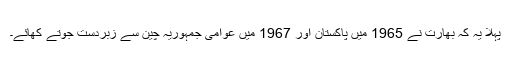
پہلا یہ کہ بھارت نے 1965 میں پاکستان اور 1967 میں عوامی جمہوریہ چین سے زبردست جوتے کھائے۔